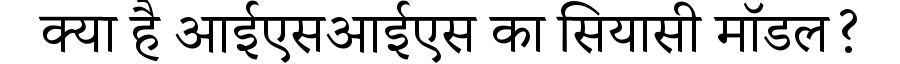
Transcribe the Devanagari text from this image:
क्या है आईएसआईएस का सियासी मॉडल?